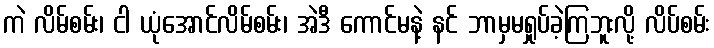
ကဲ လိမ်စမ်း၊ ငါ ယုံအောင်လိမ်စမ်း၊ အဲဒီ ကောင်မနဲ့ နင် ဘာမှမရှုပ်ခဲ့ကြဘူးလို့ လိပ်စမ်း